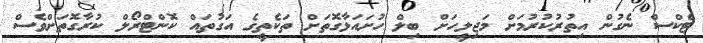
ޓެކްސް ނެގުން އިތުރުކުރުމަށް މަޖިލީހަށް ބިލް ހުށައަޅާގޮތަށް ތަކެތީގެ އަގުތައް ކޮންޓްރޯލް ކުރާގޮތަށްވެސް